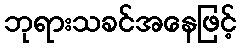
ဘုရားသခင်အနေဖြင့်